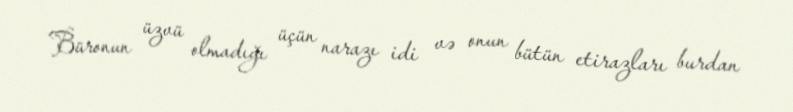
Büronun üzvü olmadığı üçün narazı idi və onun bütün etirazları burdan